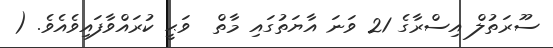
ސޫރަތުލް އިސްރާގެ 21 ވަނަ އާޔަތުގައި މާތް  ވަޙީ ކުރައްވާފައިވެއެވެ. (